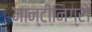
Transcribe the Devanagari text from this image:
मान्टीनिग्रो